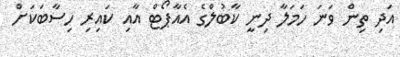
އަދި ތިން ވަނަ ހަމަލާ ދިނީ ކާބުލްގެ އެއާޕޯޓް އާއި ކައިރި ހިސާބަކަށް